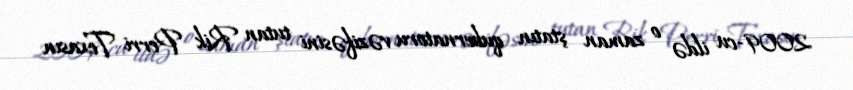
2009-cu ildə o zaman ştatın qubernatoru vəzifəsini tutan Rik Perri Texasın